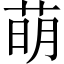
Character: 萌